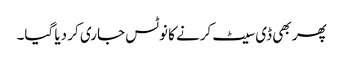
پھر بھی ڈی سیٹ کرنے کا نوٹس جاری کر دیا گیا۔